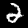
Digit: 2